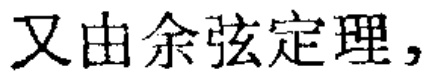
又由余弦定理，